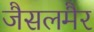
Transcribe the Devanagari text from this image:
जैसलमैर